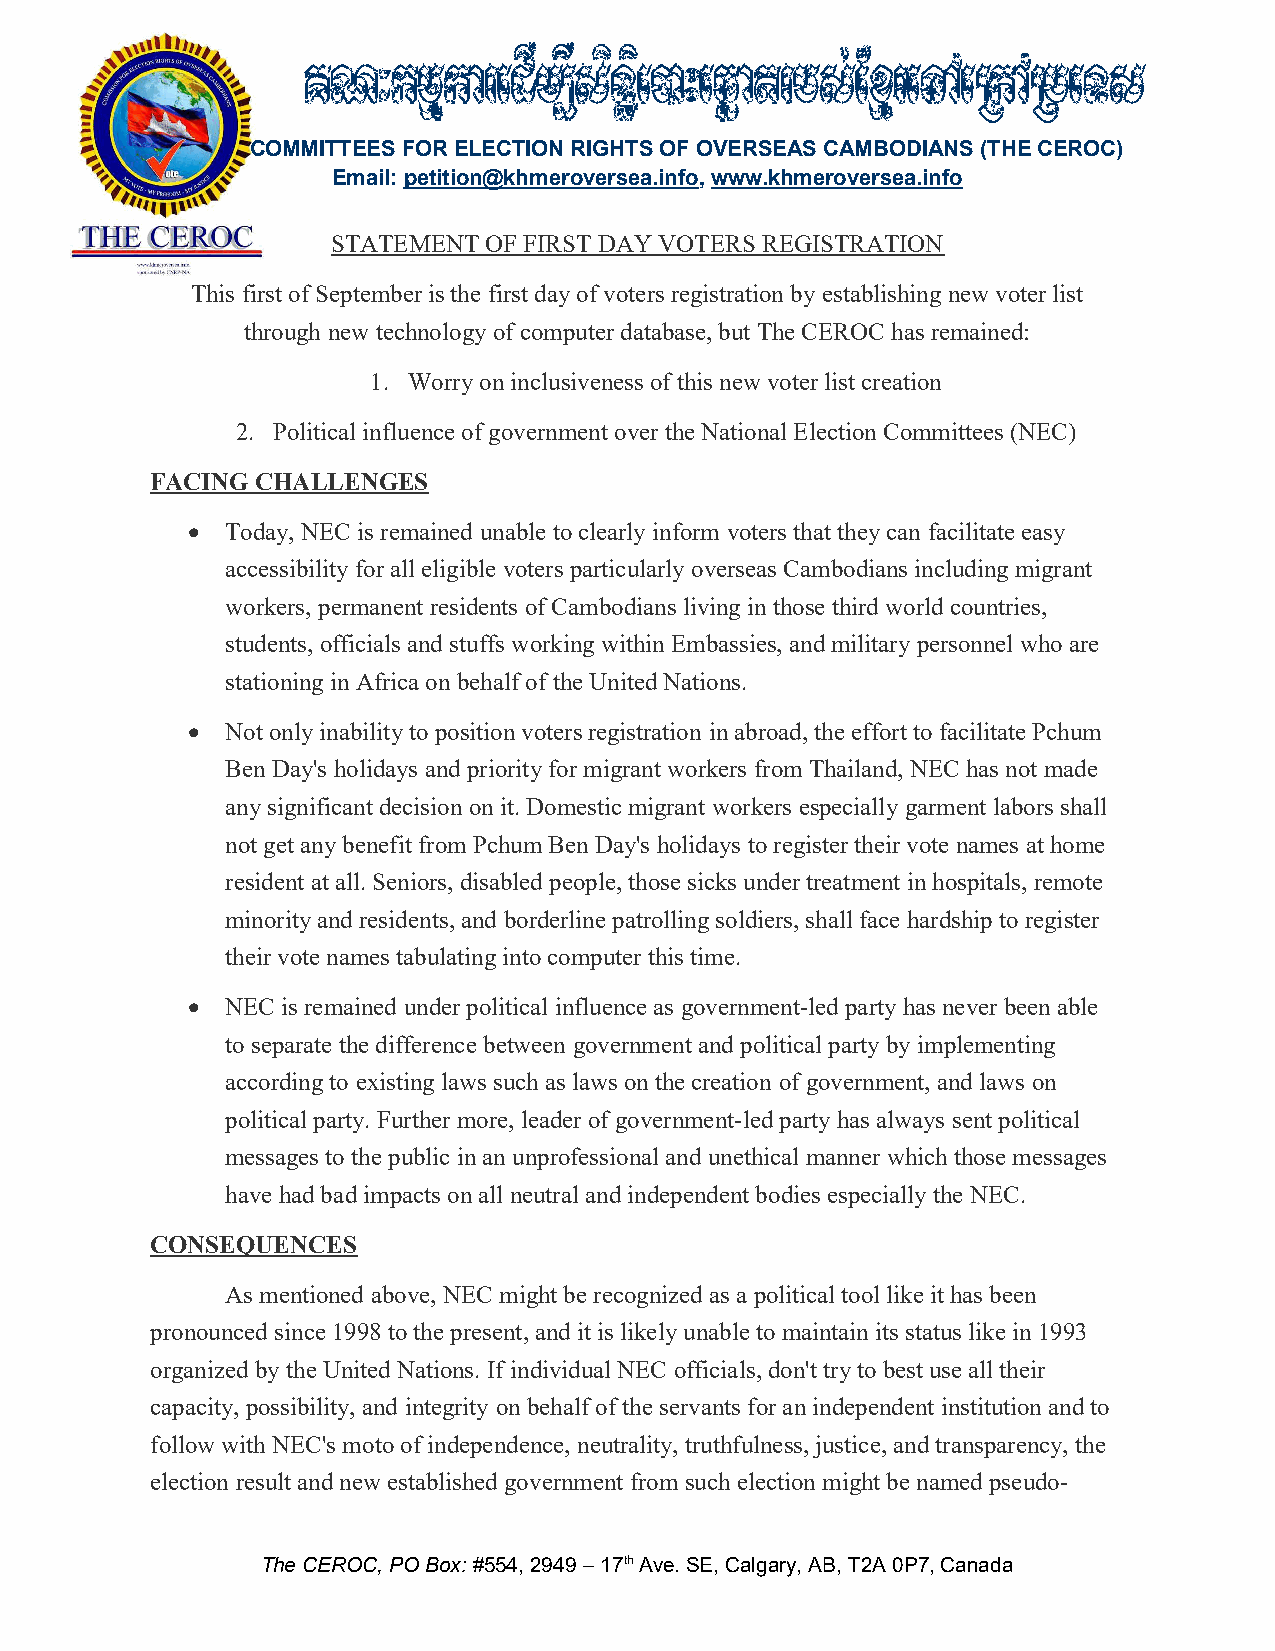
COMMITTEES FOR ELECTION RIGHTS OF OVERSEAS CAMBODIANS (THE CEROC)
 Email: petition@khmeroversea.info, www.khmeroversea.info
 STATEMENT OF FIRST DAY VOTERS REGISTRATION
 This first of September is the first day of voters registration by establishing new voter list
 through new technology of computer database, but The CEROC has remained:
 1. Worry on inclusiveness of this new voter list creation
 2. Political influence of government over the National Election Committees (NEC)
 FACING CHALLENGES
   Today, NEC is remained unable to clearly inform voters that they can facilitate easy
 accessibility for all eligible voters particularly overseas Cambodians including migrant
 workers, permanent residents of Cambodians living in those third world countries,
 students, officials and stuffs working within Embassies, and military personnel who are
 stationing in Africa on behalf of the United Nations.
   Not only inability to position voters registration in abroad, the effort to facilitate Pchum
 Ben Day's holidays and priority for migrant workers from Thailand, NEC has not made
 any significant decision on it. Domestic migrant workers especially garment labors shall
 not get any benefit from Pchum Ben Day's holidays to register their vote names at home
 resident at all. Seniors, disabled people, those sicks under treatment in hospitals, remote
 minority and residents, and borderline patrolling soldiers, shall face hardship to register
 their vote names tabulating into computer this time.
   NEC is remained under political influence as government-led party has never been able
 to separate the difference between government and political party by implementing
 according to existing laws such as laws on the creation of government, and laws on
 political party. Further more, leader of government-led party has always sent political
 messages to the public in an unprofessional and unethical manner which those messages
 have had bad impacts on all neutral and independent bodies especially the NEC.
 CONSEQUENCES
 As mentioned above, NEC might be recognized as a political tool like it has been
 pronounced since 1998 to the present, and it is likely unable to maintain its status like in 1993
 organized by the United Nations. If individual NEC officials, don't try to best use all their
 capacity, possibility, and integrity on behalf of the servants for an independent institution and to
 follow with NEC's moto of independence, neutrality, truthfulness, justice, and transparency, the
 election result and new established government from such election might be named pseudo-
 The CEROC, PO Box: #554, 2949 – 17th Ave. SE, Calgary, AB, T2A 0P7, Canada